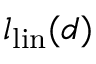
l _ { \mathrm { l i n } } ( d )